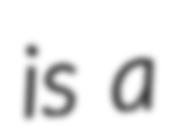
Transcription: is a